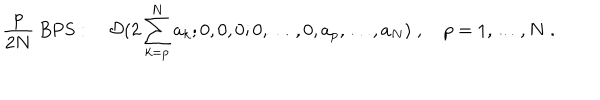
LaTeX: { \frac { p } { 2 N } } \mathrm { ~ B P S } : \quad { \cal D } ( 2 \sum _ { k = p } ^ { N } a _ { k } ; 0 , 0 , 0 ; 0 , \ldots , 0 , a _ { p } , \ldots , a _ { N } ) \; , \quad p = 1 , \ldots , N \; .